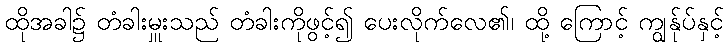
ထိုအခါ၌ တံခါးမှူးသည် တံခါးကိုဖွင့်၍ ပေးလိုက်လေ၏၊ ထို့ ကြောင့် ကျွန်ုပ်နှင့်